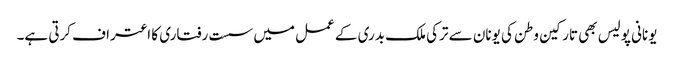
یونانی پولیس بھی تارکین وطن کی یونان سے ترکی ملک بدری کے عمل میں سست رفتاری کا اعتراف کرتی ہے۔